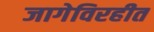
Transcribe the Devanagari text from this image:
जागेविरहीत